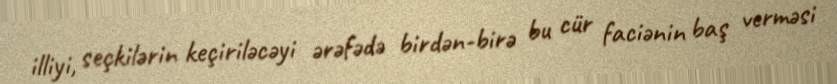
illiyi, seçkilərin keçiriləcəyi ərəfədə birdən-birə bu cür faciənin baş verməsi